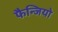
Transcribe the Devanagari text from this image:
फैन्जियो